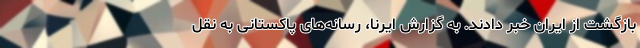
بازگشت از ایران خبر دادند. به گزارش ایرنا، رسانه‌های پاکستانی به نقل